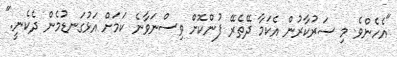
"އެހެންވެ މި ސަރުކާރުން އެކަމާ ދޭތެރޭ ފުންކޮށް ވިސްނަވާނެ ކަމަށް އަޅުގަނޑުމެން ދެކެނީ."